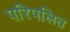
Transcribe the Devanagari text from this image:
परिपलित